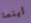
أينما